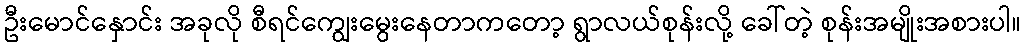
ဦးမောင်နှောင်း အခုလို စီရင်ကျွေးမွေးနေတာကတော့ ရွာလယ်စုန်းလို့ ခေါ်တဲ့ စုန်းအမျိုးအစားပါ။